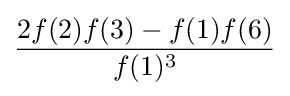
{\frac {2f(2)f(3)-f(1)f(6)}{f(1)^{3}}}